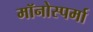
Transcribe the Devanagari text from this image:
मॉनोस्पर्मा